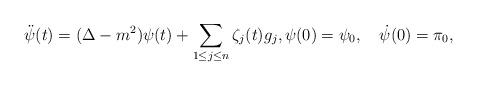
LaTeX: \begin{align*}\ddot{\psi}(t) = (\Delta-m^2)\psi(t)+\sum\limits_{1\le j\le n}\zeta_j(t) g_j,\psi(0) = \psi_0,\quad\dot\psi(0) = \pi_0,\end{align*}